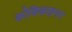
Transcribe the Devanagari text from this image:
कोशिकाहनन